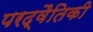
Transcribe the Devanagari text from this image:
परद्वैतिकी